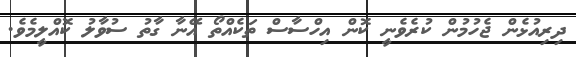
ދިރިއުޅެން ޖެހުމުން ކުރެވެނީ ކޮން އިހްސާސް ތަކެއްތޯ އޭނާ ގާތު ސުވާލު ކޮއްލީމެވެ.